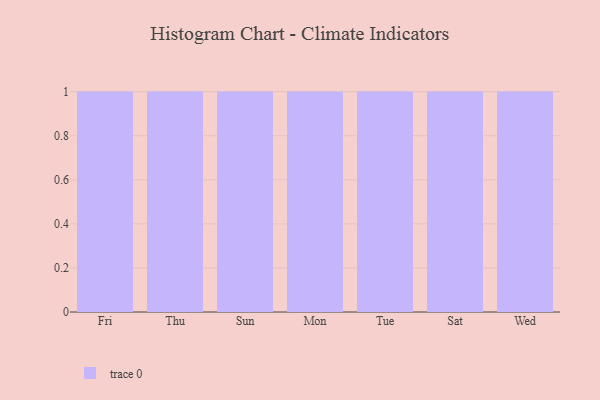
{"axis": {"x": "Day", "y": "Backlog"}, "legend": [""], "data": [{"x": "Fri", "y": 69, "type": ""}, {"x": "Thu", "y": 16, "type": ""}, {"x": "Sun", "y": 98, "type": ""}, {"x": "Mon", "y": 20, "type": ""}, {"x": "Tue", "y": 19, "type": ""}, {"x": "Sat", "y": 74, "type": ""}, {"x": "Wed", "y": 38, "type": ""}]}